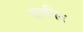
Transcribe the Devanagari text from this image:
जकीर